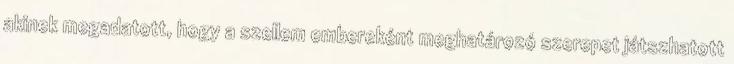
akinek megadatott, hogy a szellem embereként meghatározó szerepet játszhatott